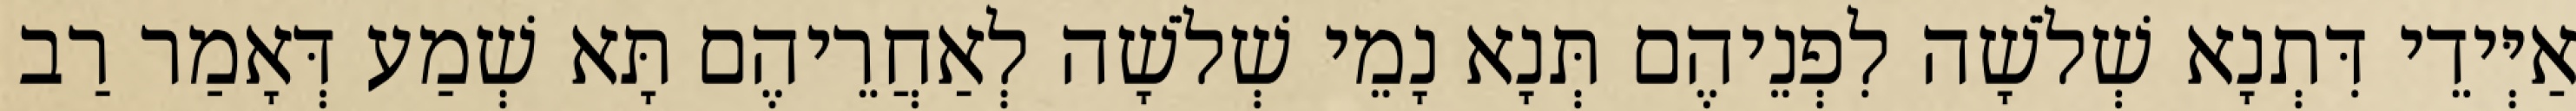
אַיְּידֵי דִּתְנָא שְׁלֹשָׁה לִפְנֵיהֶם תְּנָא נָמֵי שְׁלֹשָׁה לְאַחֲרֵיהֶם תָּא שְׁמַע דְּאָמַר רַב